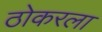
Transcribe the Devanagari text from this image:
ठोकरला